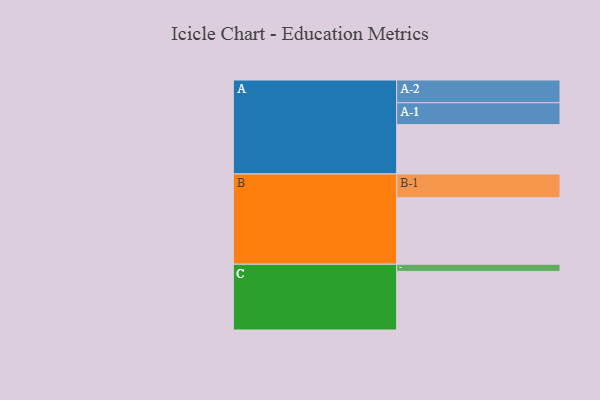
{"axis": {"x": "Segment", "y": "Value"}, "legend": ["", "A", "B", "C"], "data": [{"x": "A", "y": 421, "type": ""}, {"x": "B", "y": 568, "type": ""}, {"x": "C", "y": 500, "type": ""}, {"x": "A-1", "y": 187, "type": "A"}, {"x": "A-2", "y": 194, "type": "A"}, {"x": "B-1", "y": 202, "type": "B"}, {"x": "C-1", "y": 61, "type": "C"}]}